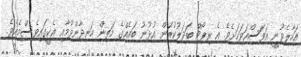
އަހާލެވުނީ އަވަސްއަވަހަށެވެ. އެ ރިޕޯޓް ބަދަލުކުރަން އުޅުނު ބައެއްގެ މަތިން ހަނދާންވުމާއި އެކީގައިވެސްމެއެވެ.